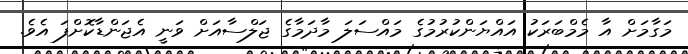
މަގާމަށް އާ މެމްބަރަކު އައްޔަންކުރުމުގެ މައްސަލަ މާދަމާގެ ޖަލްސާއަށް ވަނީ އެޖަންޑާކޮށްފަ އެވެ.